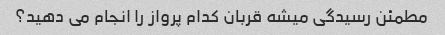
مطمئن رسیدگی میشه قربان کدام پرواز را انجام می دهید؟